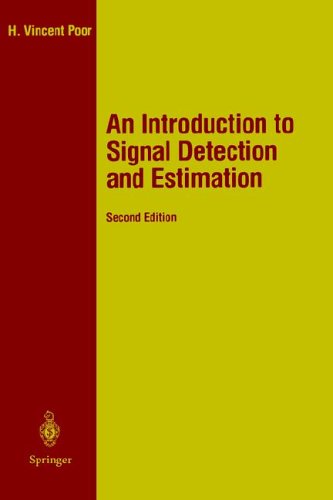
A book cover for An Introduction to Signal Detection and Estimation (Springer Texts in Electrical Engineering); H. Vincent Poor; Science & Math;